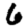
Digit: 6